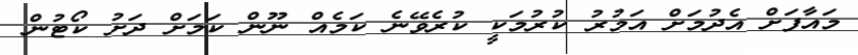
މައާފަށް އެދުމަށް އަމުރު ކުރުމަކީ ކުރެވޭނެ ކަމެއް ނޫން ކަމަށް ދަށު ކޯޓުން